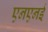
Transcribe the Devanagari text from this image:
एनएनई